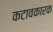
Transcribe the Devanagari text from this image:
कटावकारक